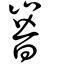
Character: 嶜